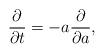
LaTeX: \begin{align*}{\partial\over \partial t}=-a {\partial\over \partial a} ,\end{align*}